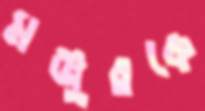
মঞ্জুরকে